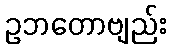
ဥဘတောဗျည်း